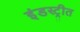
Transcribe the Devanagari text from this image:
इंडस्ट्रीत